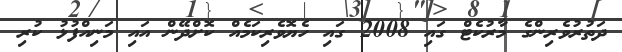
ދަތުރުވެރިންގެ މާރުކެޓް ގައި 2008 ގައި ހެޔޮވެރިކަމެއް ކޮށްދޭން އައި މަނިއްފުޅު ކުރި